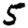
Digit: 5